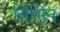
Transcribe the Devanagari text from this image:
विभि्न